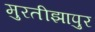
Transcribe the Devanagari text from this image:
मुरतीझापुर